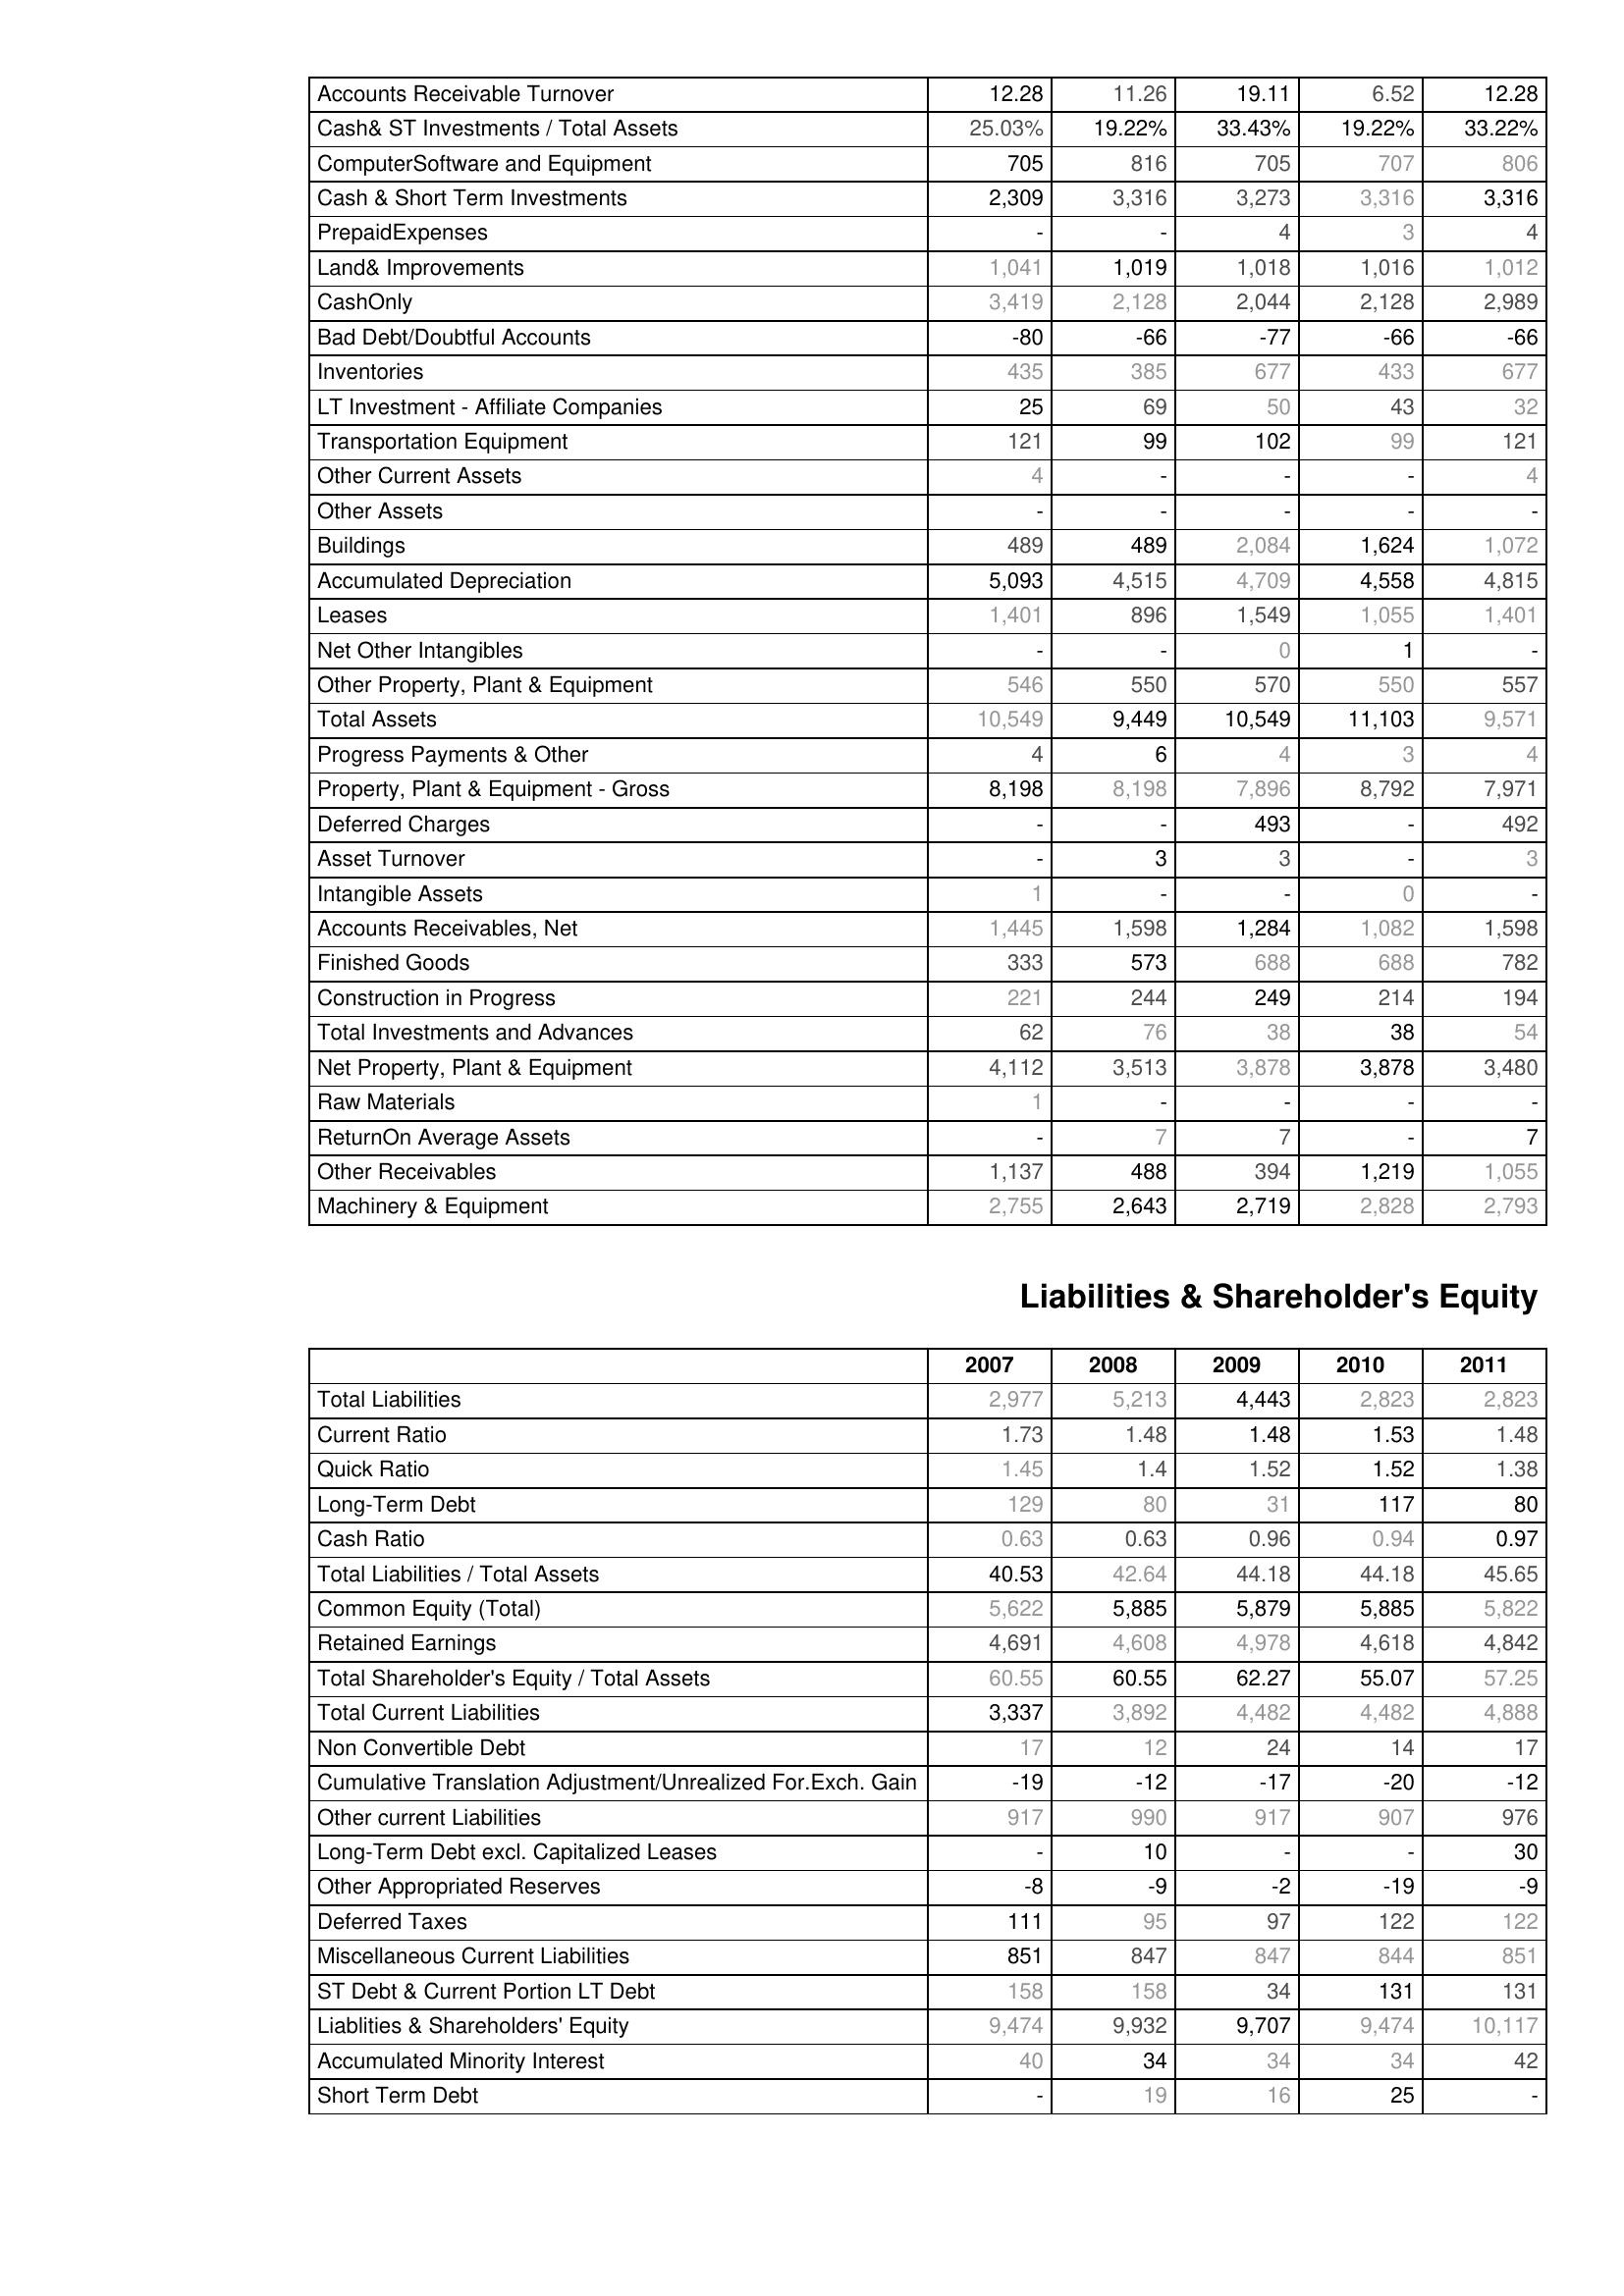
2007: Assets: Accounts Receivable Turnover: 12.28
Cash& ST Investments / Total Assets: 25.03%
ComputerSoftware and Equipment: 705
Cash & Short Term Investments: 2,309
PrepaidExpenses: -
Land& Improvements: 1,041
CashOnly: 3,419
Bad Debt/Doubtful Accounts: -80
Inventories: 435
LT Investment - Affiliate Companies: 25
Transportation Equipment: 121
Other Current Assets: 4
Other Assets: -
Buildings: 489
Accumulated Depreciation: 5,093
Leases: 1,401
Net Other Intangibles: -
Other Property, Plant & Equipment: 546
Total Assets: 10,549
Progress Payments & Other: 4
Property, Plant & Equipment - Gross : 8,198
Deferred Charges: -
Asset Turnover: -
Intangible Assets: 1
Accounts Receivables, Net: 1,445
Finished Goods: 333
Construction in Progress: 221
Total Investments and Advances: 62
Net Property, Plant & Equipment: 4,112
Raw Materials: 1
ReturnOn Average Assets: -
Other Receivables: 1,137
Machinery & Equipment: 2,755
Liabilities & Shareholder's Equity: Total Liabilities: 2,977
Current Ratio: 1.73
Quick Ratio: 1.45
Long-Term Debt: 129
Cash Ratio: 0.63
Total Liabilities / Total Assets: 40.53
Common Equity (Total): 5,622
Retained Earnings: 4,691
Total Shareholder's Equity / Total Assets: 60.55
Total Current Liabilities: 3,337
Non Convertible Debt: 17
Cumulative Translation Adjustment/Unrealized For.Exch. Gain: -19
Other current Liabilities: 917
Long-Term Debt excl. Capitalized Leases: -
Other Appropriated Reserves: -8
Deferred Taxes: 111
Miscellaneous Current Liabilities: 851
ST Debt & Current Portion LT Debt: 158
Liablities & Shareholders' Equity: 9,474
Accumulated Minority Interest: 40
Short Term Debt: -
2008: Assets: Accounts Receivable Turnover: 11.26
Cash& ST Investments / Total Assets: 19.22%
ComputerSoftware and Equipment: 816
Cash & Short Term Investments: 3,316
PrepaidExpenses: -
Land& Improvements: 1,019
CashOnly: 2,128
Bad Debt/Doubtful Accounts: -66
Inventories: 385
LT Investment - Affiliate Companies: 69
Transportation Equipment: 99
Other Current Assets: -
Other Assets: -
Buildings: 489
Accumulated Depreciation: 4,515
Leases: 896
Net Other Intangibles: -
Other Property, Plant & Equipment: 550
Total Assets: 9,449
Progress Payments & Other: 6
Property, Plant & Equipment - Gross : 8,198
Deferred Charges: -
Asset Turnover: 3
Intangible Assets: -
Accounts Receivables, Net: 1,598
Finished Goods: 573
Construction in Progress: 244
Total Investments and Advances: 76
Net Property, Plant & Equipment: 3,513
Raw Materials: -
ReturnOn Average Assets: 7
Other Receivables: 488
Machinery & Equipment: 2,643
Liabilities & Shareholder's Equity: Total Liabilities: 5,213
Current Ratio: 1.48
Quick Ratio: 1.4
Long-Term Debt: 80
Cash Ratio: 0.63
Total Liabilities / Total Assets: 42.64
Common Equity (Total): 5,885
Retained Earnings: 4,608
Total Shareholder's Equity / Total Assets: 60.55
Total Current Liabilities: 3,892
Non Convertible Debt: 12
Cumulative Translation Adjustment/Unrealized For.Exch. Gain: -12
Other current Liabilities: 990
Long-Term Debt excl. Capitalized Leases: 10
Other Appropriated Reserves: -9
Deferred Taxes: 95
Miscellaneous Current Liabilities: 847
ST Debt & Current Portion LT Debt: 158
Liablities & Shareholders' Equity: 9,932
Accumulated Minority Interest: 34
Short Term Debt: 19
2009: Assets: Accounts Receivable Turnover: 19.11
Cash& ST Investments / Total Assets: 33.43%
ComputerSoftware and Equipment: 705
Cash & Short Term Investments: 3,273
PrepaidExpenses: 4
Land& Improvements: 1,018
CashOnly: 2,044
Bad Debt/Doubtful Accounts: -77
Inventories: 677
LT Investment - Affiliate Companies: 50
Transportation Equipment: 102
Other Current Assets: -
Other Assets: -
Buildings: 2,084
Accumulated Depreciation: 4,709
Leases: 1,549
Net Other Intangibles: 0
Other Property, Plant & Equipment: 570
Total Assets: 10,549
Progress Payments & Other: 4
Property, Plant & Equipment - Gross : 7,896
Deferred Charges: 493
Asset Turnover: 3
Intangible Assets: -
Accounts Receivables, Net: 1,284
Finished Goods: 688
Construction in Progress: 249
Total Investments and Advances: 38
Net Property, Plant & Equipment: 3,878
Raw Materials: -
ReturnOn Average Assets: 7
Other Receivables: 394
Machinery & Equipment: 2,719
Liabilities & Shareholder's Equity: Total Liabilities: 4,443
Current Ratio: 1.48
Quick Ratio: 1.52
Long-Term Debt: 31
Cash Ratio: 0.96
Total Liabilities / Total Assets: 44.18
Common Equity (Total): 5,879
Retained Earnings: 4,978
Total Shareholder's Equity / Total Assets: 62.27
Total Current Liabilities: 4,482
Non Convertible Debt: 24
Cumulative Translation Adjustment/Unrealized For.Exch. Gain: -17
Other current Liabilities: 917
Long-Term Debt excl. Capitalized Leases: -
Other Appropriated Reserves: -2
Deferred Taxes: 97
Miscellaneous Current Liabilities: 847
ST Debt & Current Portion LT Debt: 34
Liablities & Shareholders' Equity: 9,707
Accumulated Minority Interest: 34
Short Term Debt: 16
2010: Assets: Accounts Receivable Turnover: 6.52
Cash& ST Investments / Total Assets: 19.22%
ComputerSoftware and Equipment: 707
Cash & Short Term Investments: 3,316
PrepaidExpenses: 3
Land& Improvements: 1,016
CashOnly: 2,128
Bad Debt/Doubtful Accounts: -66
Inventories: 433
LT Investment - Affiliate Companies: 43
Transportation Equipment: 99
Other Current Assets: -
Other Assets: -
Buildings: 1,624
Accumulated Depreciation: 4,558
Leases: 1,055
Net Other Intangibles: 1
Other Property, Plant & Equipment: 550
Total Assets: 11,103
Progress Payments & Other: 3
Property, Plant & Equipment - Gross : 8,792
Deferred Charges: -
Asset Turnover: -
Intangible Assets: 0
Accounts Receivables, Net: 1,082
Finished Goods: 688
Construction in Progress: 214
Total Investments and Advances: 38
Net Property, Plant & Equipment: 3,878
Raw Materials: -
ReturnOn Average Assets: -
Other Receivables: 1,219
Machinery & Equipment: 2,828
Liabilities & Shareholder's Equity: Total Liabilities: 2,823
Current Ratio: 1.53
Quick Ratio: 1.52
Long-Term Debt: 117
Cash Ratio: 0.94
Total Liabilities / Total Assets: 44.18
Common Equity (Total): 5,885
Retained Earnings: 4,618
Total Shareholder's Equity / Total Assets: 55.07
Total Current Liabilities: 4,482
Non Convertible Debt: 14
Cumulative Translation Adjustment/Unrealized For.Exch. Gain: -20
Other current Liabilities: 907
Long-Term Debt excl. Capitalized Leases: -
Other Appropriated Reserves: -19
Deferred Taxes: 122
Miscellaneous Current Liabilities: 844
ST Debt & Current Portion LT Debt: 131
Liablities & Shareholders' Equity: 9,474
Accumulated Minority Interest: 34
Short Term Debt: 25
2011: Assets: Accounts Receivable Turnover: 12.28
Cash& ST Investments / Total Assets: 33.22%
ComputerSoftware and Equipment: 806
Cash & Short Term Investments: 3,316
PrepaidExpenses: 4
Land& Improvements: 1,012
CashOnly: 2,989
Bad Debt/Doubtful Accounts: -66
Inventories: 677
LT Investment - Affiliate Companies: 32
Transportation Equipment: 121
Other Current Assets: 4
Other Assets: -
Buildings: 1,072
Accumulated Depreciation: 4,815
Leases: 1,401
Net Other Intangibles: -
Other Property, Plant & Equipment: 557
Total Assets: 9,571
Progress Payments & Other: 4
Property, Plant & Equipment - Gross : 7,971
Deferred Charges: 492
Asset Turnover: 3
Intangible Assets: -
Accounts Receivables, Net: 1,598
Finished Goods: 782
Construction in Progress: 194
Total Investments and Advances: 54
Net Property, Plant & Equipment: 3,480
Raw Materials: -
ReturnOn Average Assets: 7
Other Receivables: 1,055
Machinery & Equipment: 2,793
Liabilities & Shareholder's Equity: Total Liabilities: 2,823
Current Ratio: 1.48
Quick Ratio: 1.38
Long-Term Debt: 80
Cash Ratio: 0.97
Total Liabilities / Total Assets: 45.65
Common Equity (Total): 5,822
Retained Earnings: 4,842
Total Shareholder's Equity / Total Assets: 57.25
Total Current Liabilities: 4,888
Non Convertible Debt: 17
Cumulative Translation Adjustment/Unrealized For.Exch. Gain: -12
Other current Liabilities: 976
Long-Term Debt excl. Capitalized Leases: 30
Other Appropriated Reserves: -9
Deferred Taxes: 122
Miscellaneous Current Liabilities: 851
ST Debt & Current Portion LT Debt: 131
Liablities & Shareholders' Equity: 10,117
Accumulated Minority Interest: 42
Short Term Debt: -